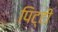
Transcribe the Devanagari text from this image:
पिट्टी